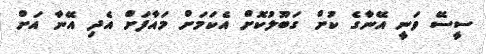
ސީސޭ ވަނީ އޭނާގެ ކުށް ގަބޫލުކޮށް އެކަމަށް މައާފަށް އެދި އޭނާ އަށް